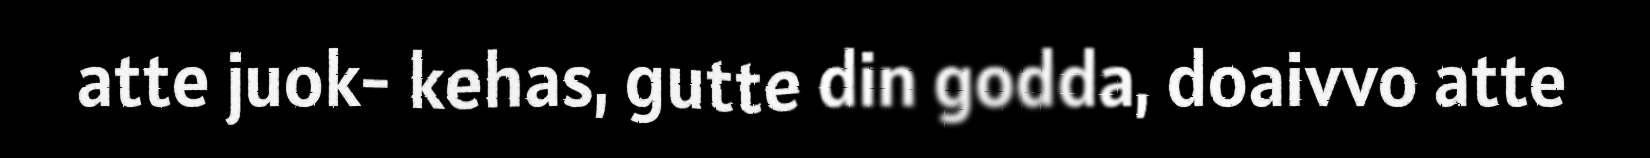
atte juok- kehas, gutte din godda, doaivvo atte